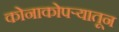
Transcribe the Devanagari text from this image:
कोनाकोपऱ्यातून